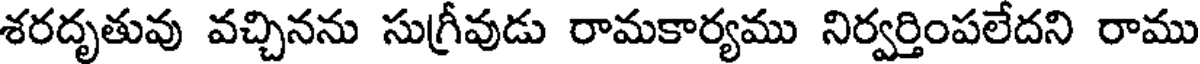
శరదృతువు వచ్చినను సుగ్రీవుడు రామకార్యము నిర్వర్తింపలేదని రాము